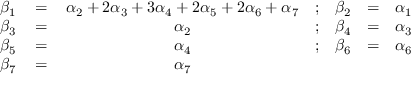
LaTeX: \begin{array} { c c c c c c c } { { \beta _ { 1 } \, } } & { { = } } & { { \, \alpha _ { 2 } + 2 \alpha _ { 3 } + 3 \alpha _ { 4 } + 2 \alpha _ { 5 } + 2 \alpha _ { 6 } + \alpha _ { 7 } } } & { { ; } } & { { \beta _ { 2 } } } & { { = } } & { { \alpha _ { 1 } } } \\ { { \beta _ { 3 } \, } } & { { = } } & { { \, \alpha _ { 2 } } } & { { ; } } & { { \beta _ { 4 } } } & { { = } } & { { \alpha _ { 3 } } } \\ { { \beta _ { 5 } \, } } & { { = } } & { { \, \alpha _ { 4 } } } & { { ; } } & { { \beta _ { 6 } } } & { { = } } & { { \alpha _ { 6 } } } \\ { { \beta _ { 7 } \, } } & { { = } } & { { \, \alpha _ { 7 } } } & { { \null } } & { { \null } } & { { \null } } & { { \null } } \end{array}